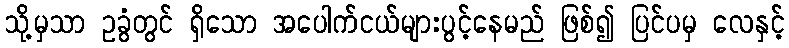
သို့မှသာ ဥခွံတွင် ရှိသော အပေါက်ငယ်များပွင့်နေမည် ဖြစ်၍ ပြင်ပမှ လေနှင့်